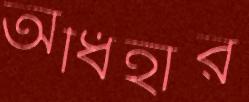
অধিহার